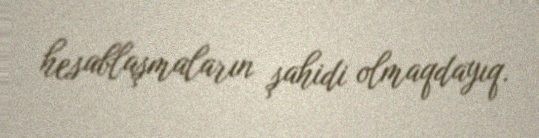
hesablaşmaların şahidi olmaqdayıq.